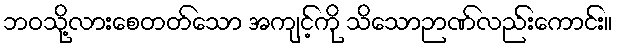
ဘဝသို့လားစေတတ်သော အကျင့်ကို သိသောဉာဏ်လည်းကောင်း။